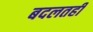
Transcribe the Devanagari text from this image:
बदलतही